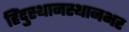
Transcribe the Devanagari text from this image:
हिंदुस्थानस्थानभर